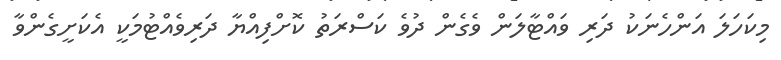
މިކަހަލަ އަންހެނަކު ދަރި ވައްޓާލަން ވެގެން ދުވެ ކަސްރަތު ކޮށްފިއްޔާ ދަރިވެއްޓުމަކީ އެކަށީގެންވާ